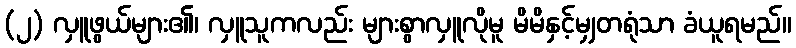
(၂) လှူဖွယ်များ၏၊ လှူသူကလည်း များစွာလှူလိုမူ မိမိနှင့်မျှတရုံသာ ခံယူရမည်။